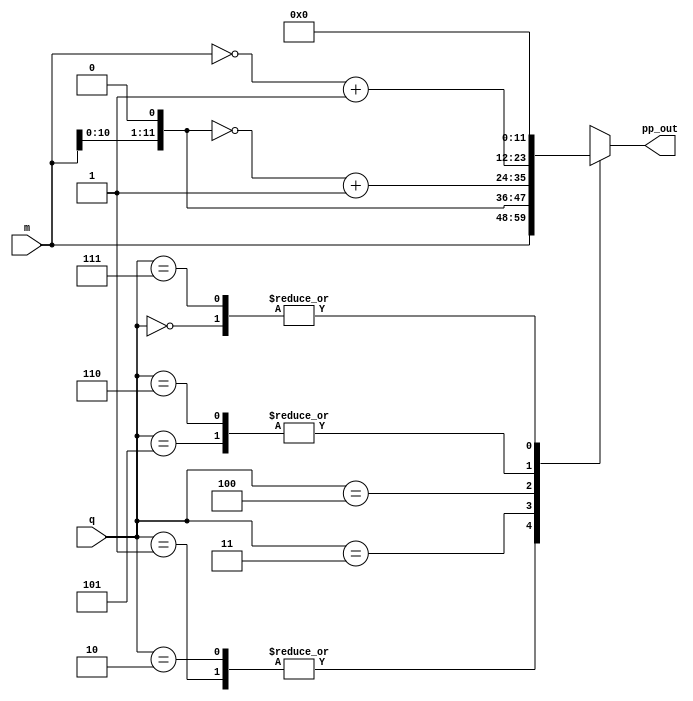
module partialproduct(pp_out, q, m);
	input [11:0] m;
	input [2:0] q;

	output reg [11:0] pp_out = 12'd0;

	always @(*)
	begin
		case(q)
		3'd0: pp_out = 12'd0;
		3'd1: pp_out = m;
		3'd2: pp_out = m;
		3'd3: pp_out = m<<1;
		3'd4: pp_out = ~(m<<1)+12'd1;
		3'd5: pp_out = ~m+12'd1;
		3'd6: pp_out = ~m + 12'd1;
		3'd7: pp_out = 12'd0;
		default: pp_out = 12'bz;
		endcase
	end
endmodule

module radix4_booth_multiplier(acc, M, Q);
	output [23:0]acc;
	// wire [23:0] acc1, acc2, acc3, acc4, acc5;

	input [11:0] M, Q;
	wire [11:0]pprod1,pprod2,pprod3,pprod4,pprod5,pprod6;
	wire [23:0] pprod1x,pprod2x,pprod3x,pprod4x,pprod5x,pprod6x;

	partialproduct pp1 (.pp_out(pprod1),.q({Q[1:0],1'b0}),.m(M));
	assign pprod1x =  $signed(pprod1);
	partialproduct pp2(pprod2,Q[3:1],M);
	assign pprod2x =  $signed({pprod2,2'd0});
	partialproduct pp3(pprod3,Q[5:3],M);
	assign pprod3x =  $signed({pprod3,4'd0});
	partialproduct pp4(pprod4,Q[7:5],M);
	assign pprod4x =  $signed({pprod4,6'd0});
	partialproduct pp5(pprod5,Q[9:7],M);
	assign pprod5x =  $signed({pprod5,8'd0});
	partialproduct pp6(pprod6,Q[11:9],M);
	assign pprod6x =  $signed({pprod6,10'd0});
	assign acc = pprod1x + pprod2x + pprod3x + pprod4x+ pprod5x + pprod6x;
	
endmodule
module tb_radix4_booth_multiplier();
	reg [11:0]A,B;
	wire [23:0]out;
	
	radix4_booth_multiplier uut(.acc(out), .M(A), .Q(B));
	initial 
	begin
		A = 12'd5; B = 12'd7;
	end
	initial begin
      $monitor("A=%d, B=%d, Output=%d" ,A,B,out);
    end
	initial begin
		#220 $finish;
	end

	endmodule

// module tb_partialproduct();
//     reg [11:0]M;
//     reg [2:0]Q;
//     wire [11:0]out;

//     partialproduct uut(.pp_out(out), .q(Q), .m(M));

//     initial begin
//         M = 12'd7;  Q = 3'd0;
//         #10 Q = 3'd1;
//         #10 Q = 3'd2;
//         #10 Q = 3'd3;
//         #10 Q = 3'd4;
//         #10 Q = 3'd5;
//         #10 Q = 3'd6;
//         #10 Q = 3'd7;
//     end
//     initial begin
//       $monitor("M=%b, Q=%d, Output=%b" ,M,Q,out);
//      end
//     initial begin
//         #100 $finish;
//     end
//     endmodule